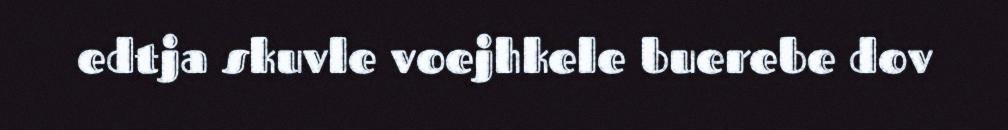
edtja skuvle voejhkele buerebe dov